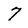
Character: 7